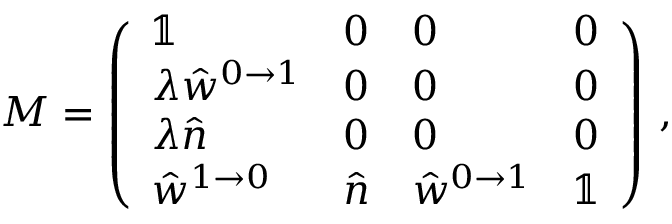
M = \left( \begin{array} { l l l l } { \mathbb { 1 } } & { 0 } & { 0 } & { 0 } \\ { \lambda \hat { w } ^ { 0 \to 1 } } & { 0 } & { 0 } & { 0 } \\ { \lambda \hat { n } } & { 0 } & { 0 } & { 0 } \\ { \hat { w } ^ { 1 \to 0 } } & { \hat { n } } & { \hat { w } ^ { 0 \to 1 } } & { \mathbb { 1 } } \end{array} \right) \, ,